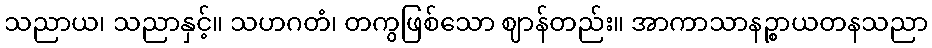
သညာယ၊ သညာနှင့်။ သဟဂတံ၊ တကွဖြစ်သော ဈာန်တည်း။ အာကာသာနဉ္စာယတနသညာ